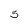
Character: 5